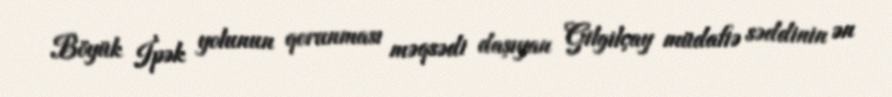
Böyük İpək yolunun qorunması məqsədi daşıyan Gilgilçay müdafiə səddinin ən